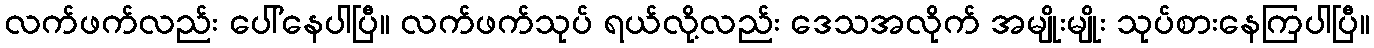
လက်ဖက်လည်း ပေါ်နေပါပြီ။ လက်ဖက်သုပ် ရယ်လို့လည်း ဒေသအလိုက် အမျိုးမျိုး သုပ်စားနေကြပါပြီ။